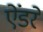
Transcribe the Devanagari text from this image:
ऐंडरे